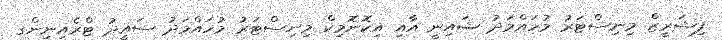
ފިޝަރީޒް މިނިސްޓަރު މުހައްމަދު ޝައިނީ އާއި އިކޮނޮމިކް މިނިސްޓަރު މުހައްމަދު ސައީދު ޓްރެއިނިންގ